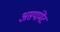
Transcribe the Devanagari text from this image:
असयांमेंट